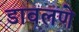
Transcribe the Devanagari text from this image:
डावलणे